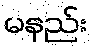
မနည်း